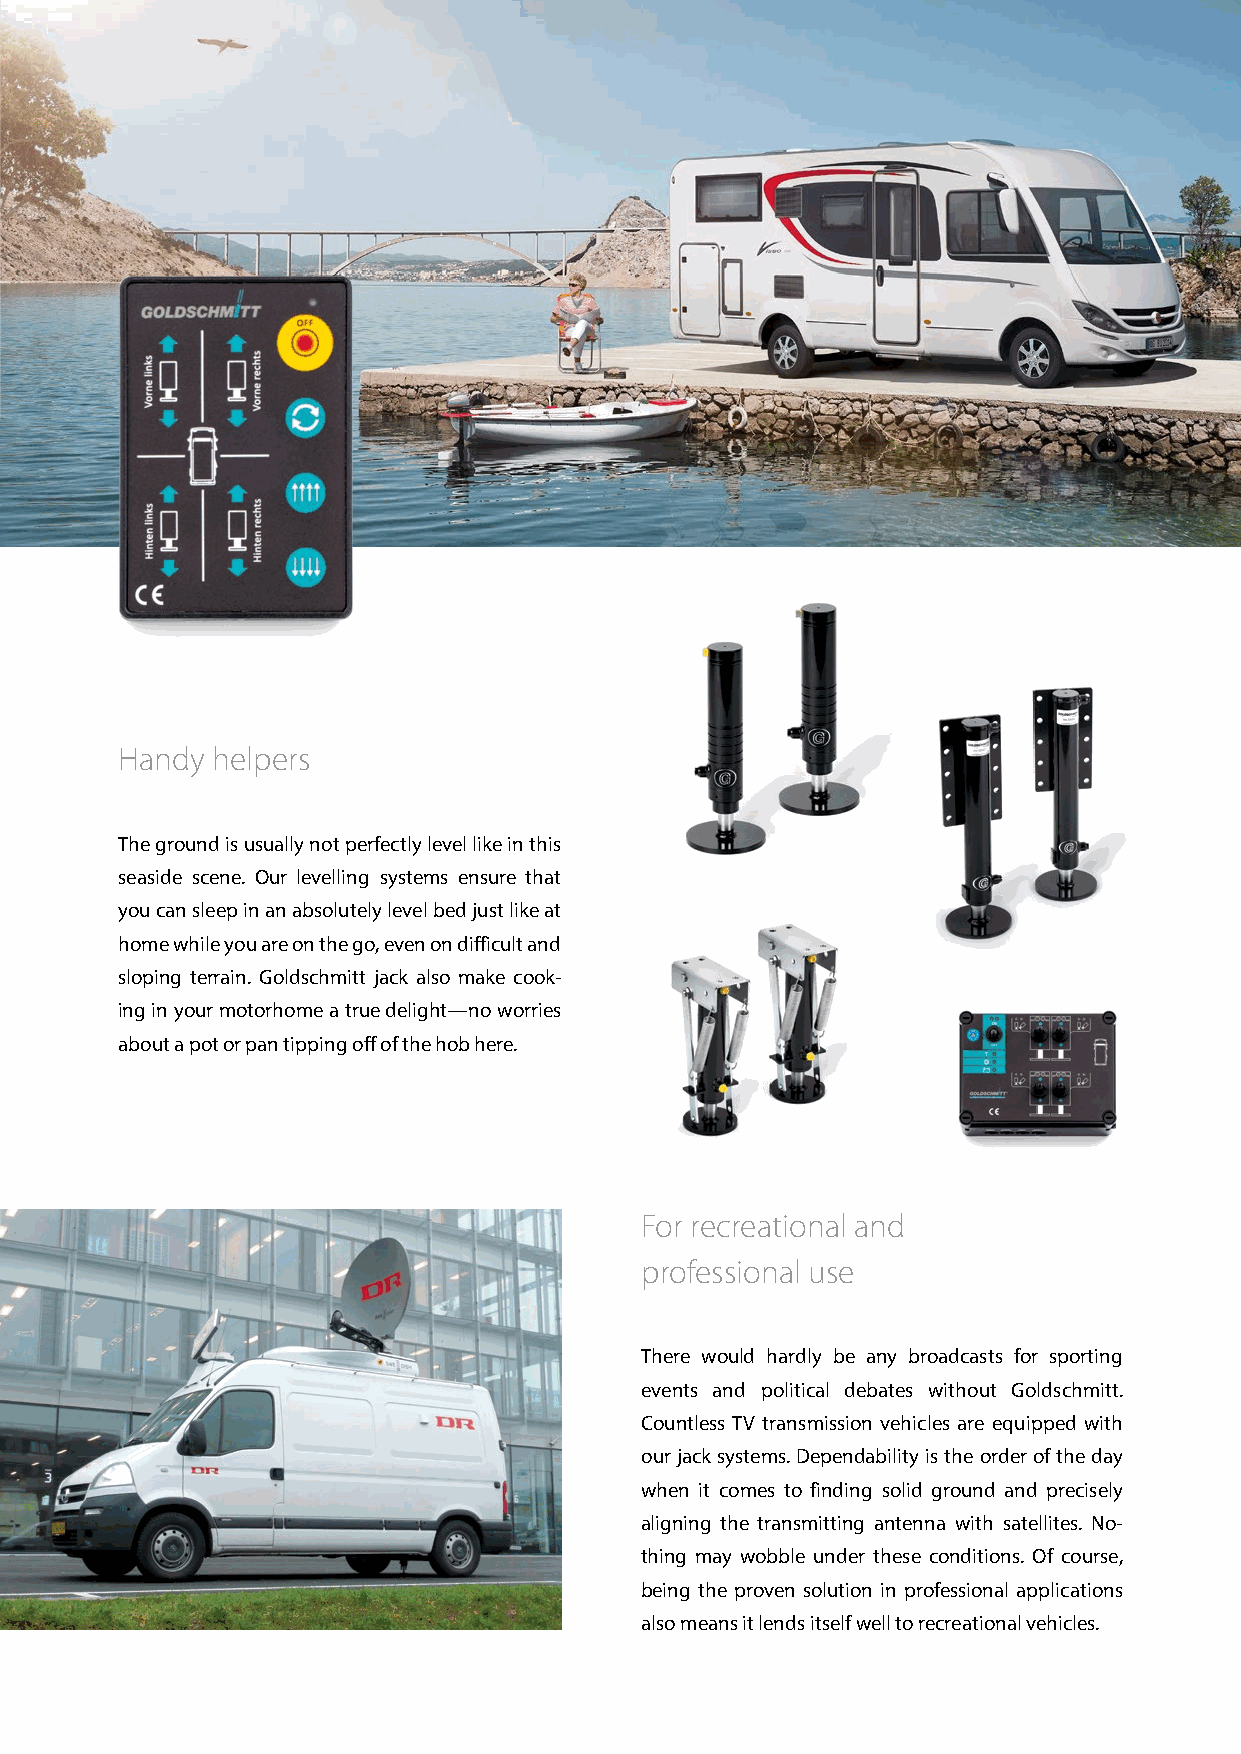
Handy helpers
 The ground is usually not perfectly level like in this
 seaside scene. Our levelling systems ensure that
 you can sleep in an absolutely level bed just like at
 home while you are on the go, even on difficult and
 sloping terrain. Goldschmitt jack also make cook-
 ing in your motorhome a true delight—no worries
 about a pot or pan tipping off of the hob here.
 For recreational and
 professional use
 There would hardly be any broadcasts for sporting
 events and political debates without Goldschmitt.
 Countless TV transmission vehicles are equipped with
 our jack systems. Dependability is the order of the day
 when it comes to finding solid ground and precisely
 aligning the transmitting antenna with satellites. No-
 thing may wobble under these conditions. Of course,
 being the proven solution in professional applications
 also means it lends itself well to recreational vehicles.